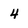
Character: 4